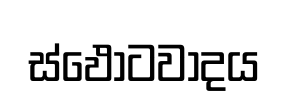
ස්ඵෝටවාදය